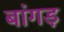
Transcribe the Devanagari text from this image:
बांगड़